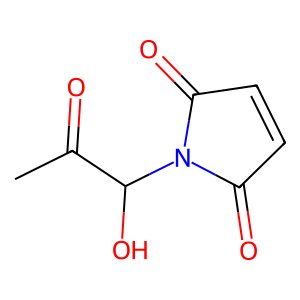
SMILES: CC(=O)C(O)N1C(=O)C=CC1=O
Inhibits HIV replication: No